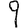
Digit: 9